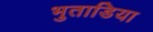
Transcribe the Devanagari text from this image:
भुताडिया